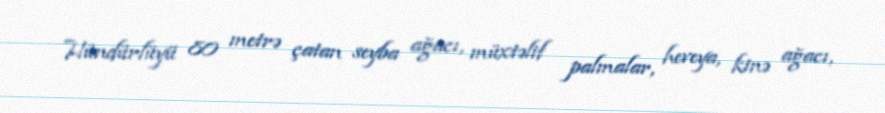
Hündürlüyü 80 metrə çatan seyba ağacı, müxtəlif palmalar, heveya, kinə ağacı,